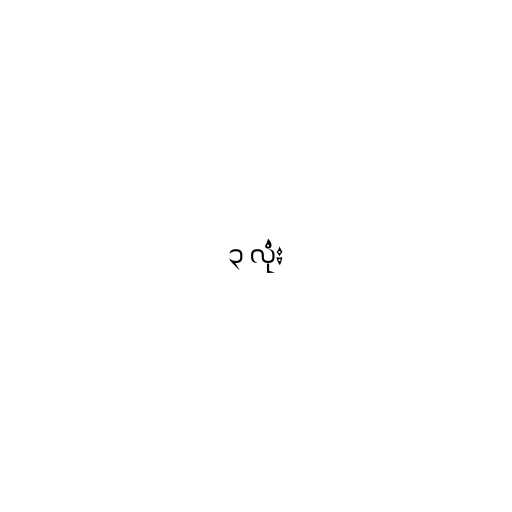
၃ လုံး